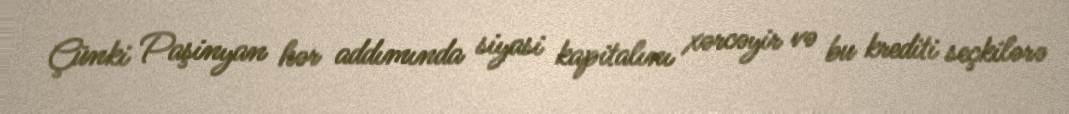
Çünki Paşinyan hər addımında siyasi kapitalını xərcəyir və bu krediti seçkilərə